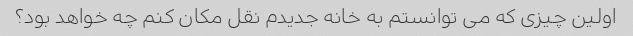
اولین چیزی که می توانستم به خانه جدیدم نقل مکان کنم چه خواهد بود؟